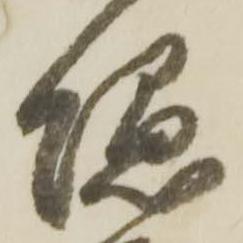
隠